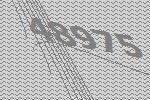
48975